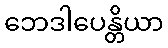
ဘေဒါပေန္တိယာ